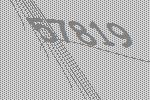
57819